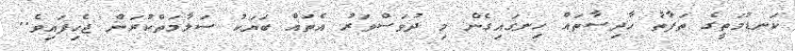
ކަނޑުމަތީގެ ތަފާތު ހާދިސާތައް ހިނގައިގެން މި ދުވަސްވަރު އެތައް ބަޔަކު ސަލާމަތްކުރަން ޖެހިފައިވެ..